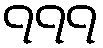
၇၇၇